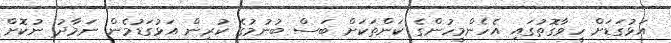
އަޅުގަޑަށް ހީވާގޮތުގައި އެހެންމީހުންގެ ކަންތަކަށް ބަސް ބުނުމުގެ ކުރިން އަޅުގަޑުމެން ނަމާދު ނުކޮށް